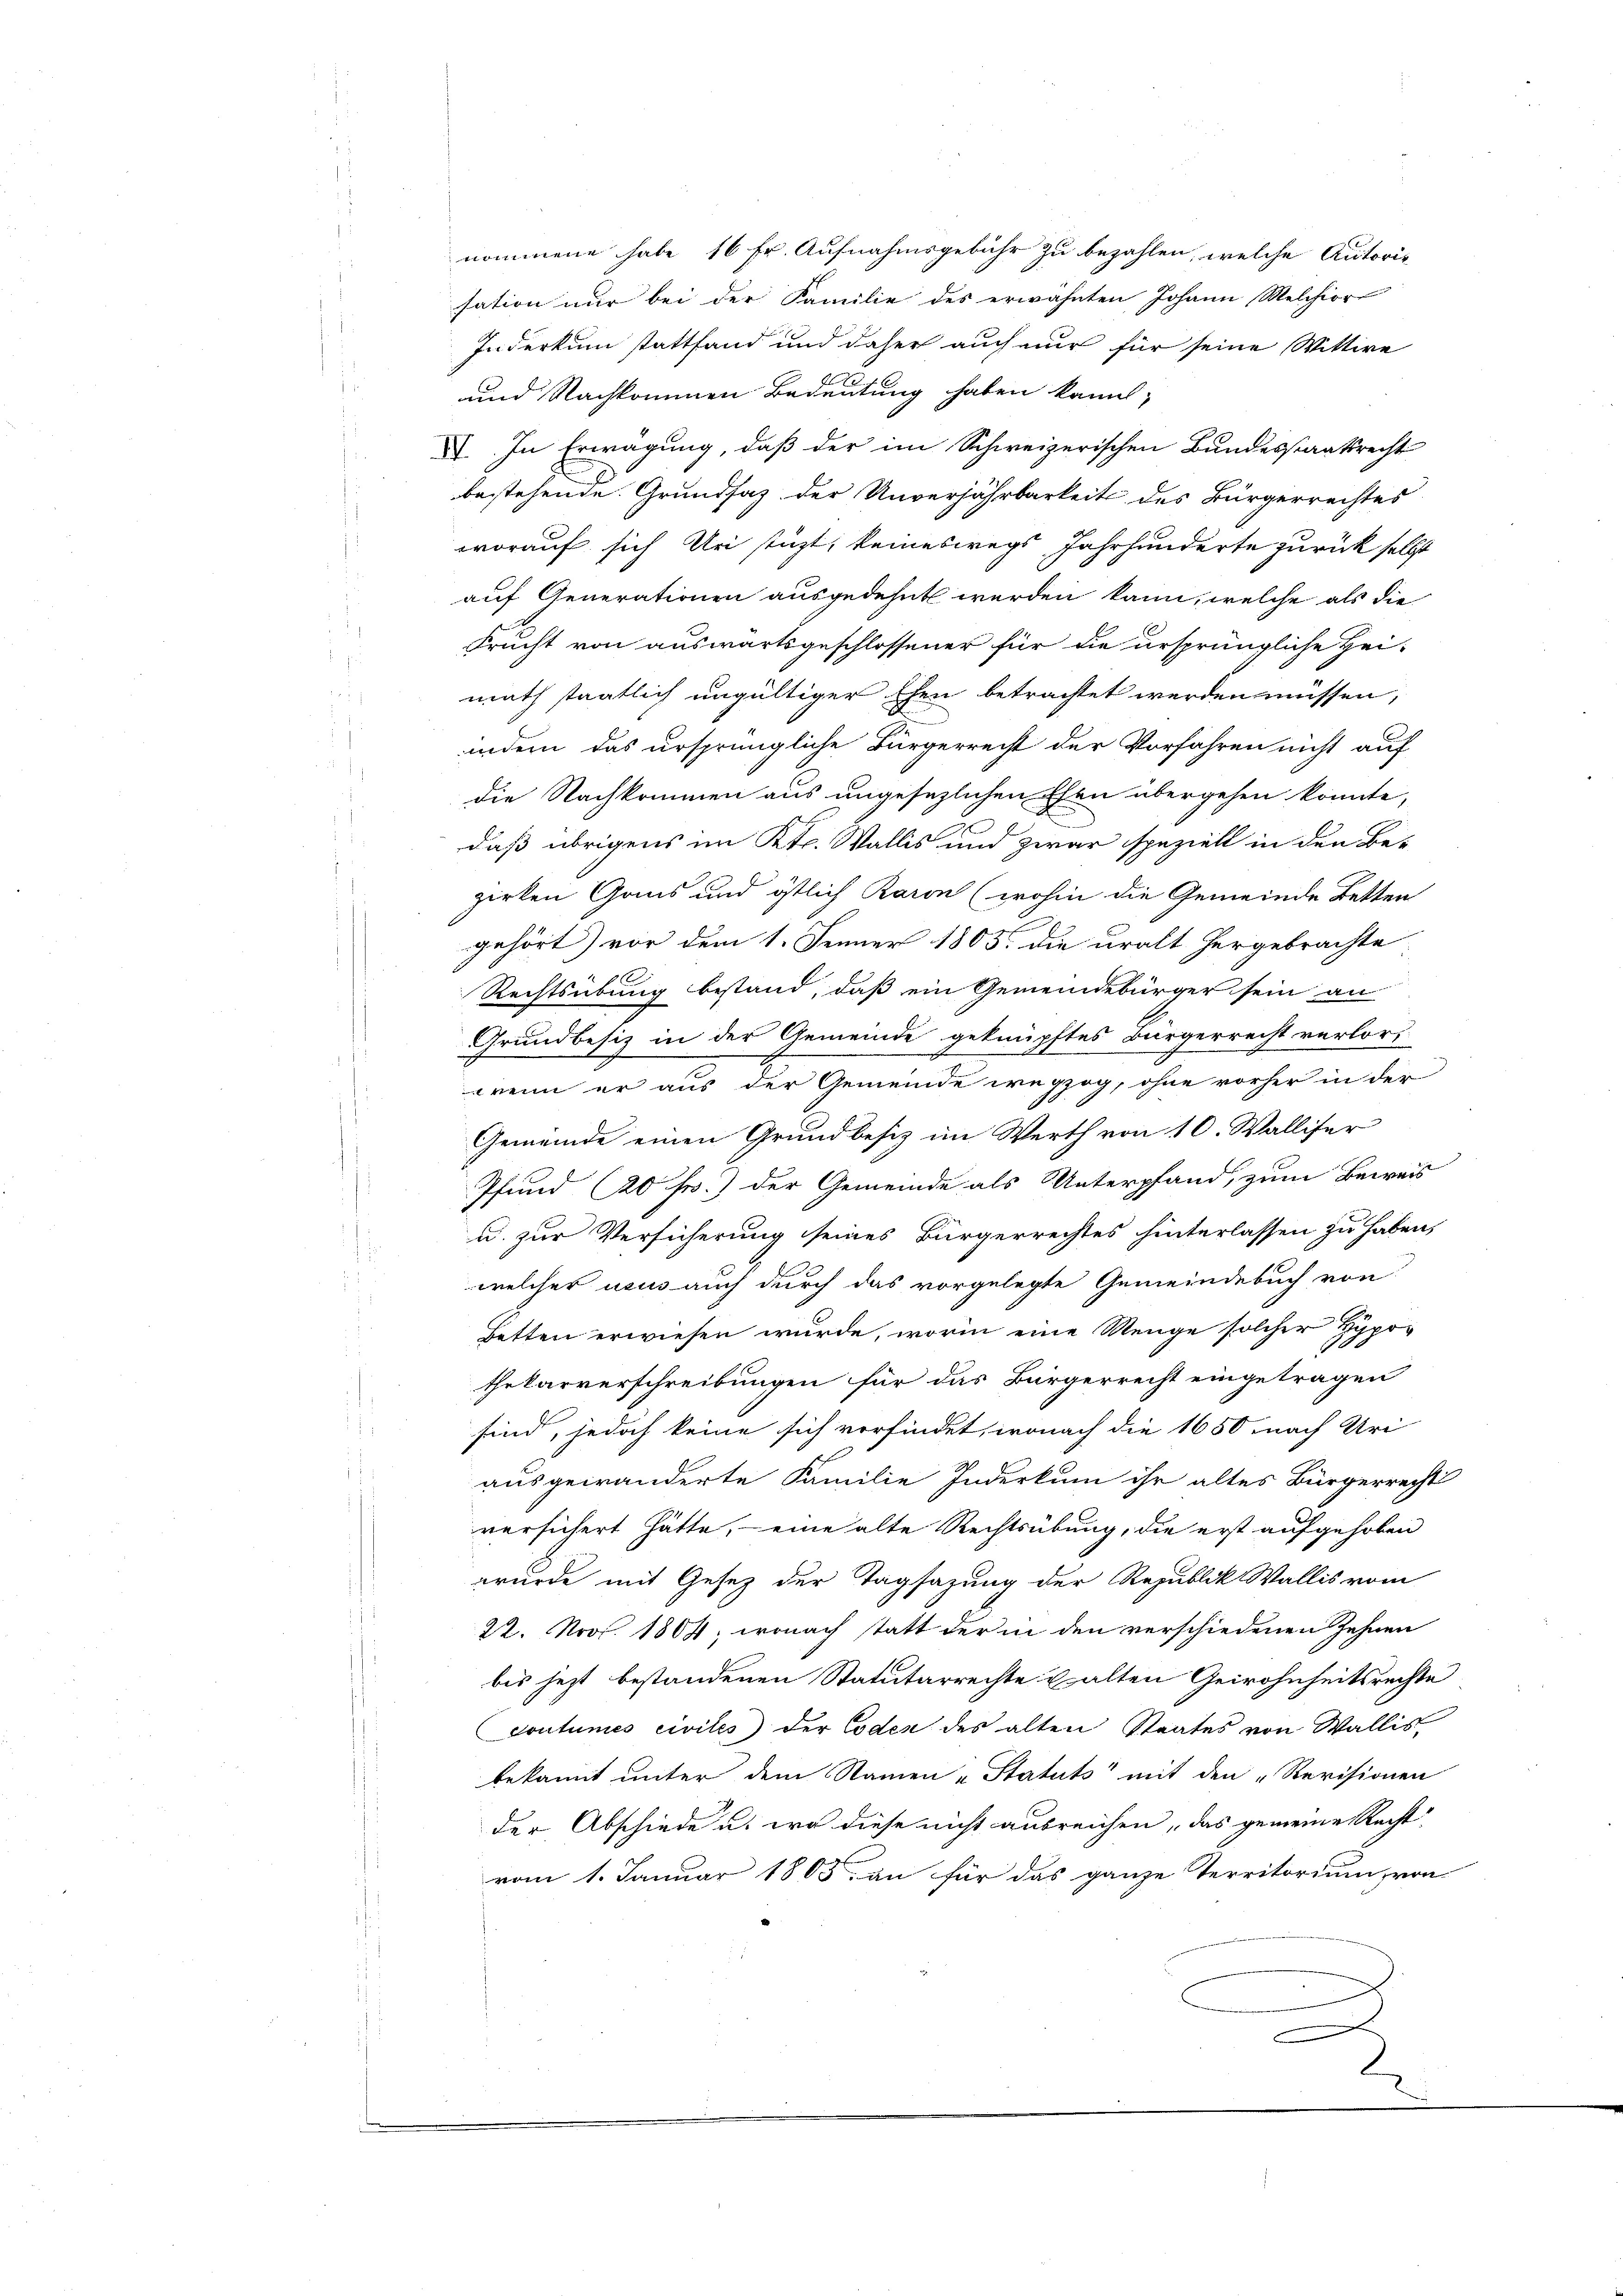
Indurkum stattfand und daher auch nur für seine Wittwe
und Nachkommen Bedeutung haben kannt,
XI. In Erwägung, daß der im Schweizerischen Bundesstaatsrecht
bestehende Grundsaz der Unverjährbarkeit des Bürgerrechtes
worauf sich Uri stützt, keineswegs Jahrhunderte zurück selbst
auf Generationen ausgedehnt werden kann, welche als die
Frucht von auswärtsgeschlossener für die ursprüngliche Hei-
math staatlich ungültiger Ehen betrachtet werden müssen,
indem das ursprüngliche Bürgerreist der Vorfahren nicht auf
die Nachkommen aus ungesezlichen Ehen übergehen könnte,
daß übrigens im Kts. Wallis und zwar speziell in den Be-
zirken Gans und östlich Raron (wohin die Gemeinde Betten
gehört) vor dem 1. Jenner 1805. die uralt hergebrachte
Rechtsübung bestand, daß ein Gemeindebürger sein an
Grundbesiz in der Gemeinde geknüpftes Bürgerrecht verlor,
wenn er aus der Gemeinde wegzog, ohne vorher in der
Gemeinde einen Grundbesiz im Werth von 10. Walliser
Pfund (20 fr.) der Gemeinde als Unterpfand, zum Beweis
u. zur Versicherung seines Bürgerrechtes hinterlassen zu haben,
welcher usus auch durch das vorgelegte Gemeindebuch von
Betten erwiesen wurde, worin eine Neuge solcher Hypo-
thekarverschreibungen für das Bürgerrecht eingetragen
sind, jedoch keine sich verfindet, wonach die 1650 nach Uri
ausgewänderte Familie Inderkum ihr altes Bürgerrecht
versichert hätte, - eine alte Rechtsübung, die erst aufgehoben
wurde mit Gesetz der Tagsazung der Republik Wallis vom
22. Nov. 1804, wonach statt der in den verschiedenen Zehnen
bis jetzt bestandenen Statutarrechte u alten Gewohnheitsrechte
coutumes civiles der Coden des alten Staates von Wallis
bekannt unter dem Namen „Statuts mit den „Revisionen
der Abschiede u. wo diese nicht ausreichen, das gemeine Recht
vom 1. Januar 1805. an für das ganze Territorium von
e
2.

nommene habe 16 Fr. Aufnahmsgebühr zu bezahlen, welche Autoris
sation nur bei der Familie des erwähnten Johann Melchiore